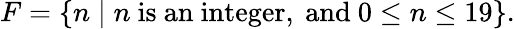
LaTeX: F=\{ n\mid n{\mathrm{~is~an~integer,~and~}}0\leq n\leq 19\} .